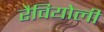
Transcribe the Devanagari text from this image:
रैवियोली